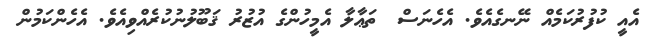
އެއީ ކުފުރުކަމެއް ނޭނގެއެވެ. އެހެނަސް  ތަޢާލާ އެމީހުންގެ އުޒުރު ޤަބޫލުނުކުރެއްވިއެވެ. އެހެންކަމުން